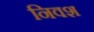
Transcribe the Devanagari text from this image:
निवश